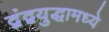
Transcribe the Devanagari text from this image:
द्वंद्वयुद्धामध्ये